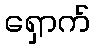
ရှောက်